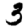
Digit: 3